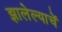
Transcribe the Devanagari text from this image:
झालेल्याचें